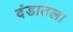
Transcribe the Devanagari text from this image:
दंडातला